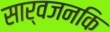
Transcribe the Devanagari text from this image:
सार्वजनकि